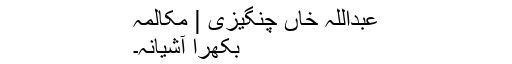
عبداللہ خاں چنگیزی | مکالمہ
بکھرا آشیانہ۔